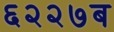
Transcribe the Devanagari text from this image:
६२२७ब